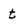
Character: t